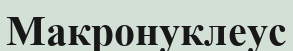
Макронуклеус